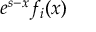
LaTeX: e ^ { s - x } f _ { i } ( x )